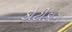
કોટીકાગ